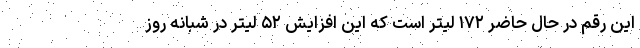
این رقم در حال حاضر ۱۷۲ لیتر است که این افزایش ۵۲ لیتر در شبانه روز